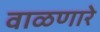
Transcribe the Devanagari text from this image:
वाळणारे